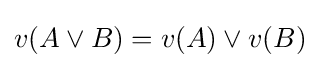
v(A\lor B)=v(A)\lor v(B)